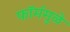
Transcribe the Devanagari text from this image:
फॉर्ममुळे